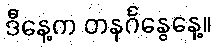
ဒီနေ့က တနင်္ဂနွေနေ့။